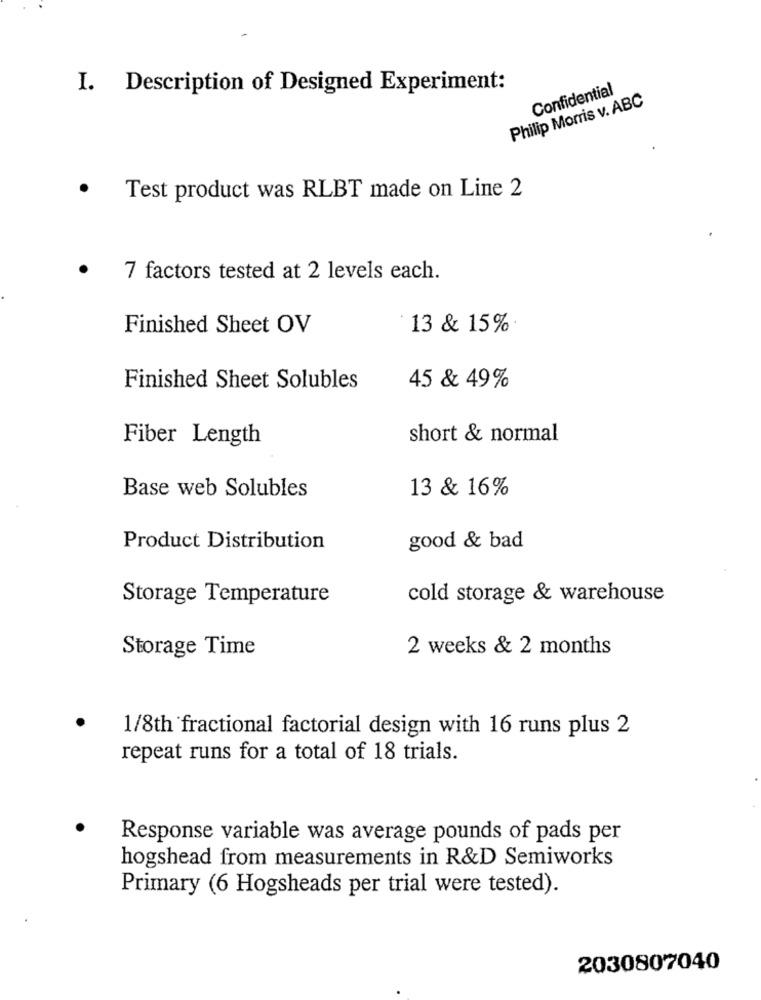
I. Description of Designed Experiment:
Confidential
Philip Morris v. ABC
Test product was RLBT made on Line 2
7 factors tested at 2 levels each.
Finished Sheet OV
13 & 15%
Finished Sheet Solubles
45 & 49%
Fiber Length
short & normal
13 & 16%
Base web Solubles
Product Distribution
good & bad
Storage Temperature
cold storage & warehouse
Storage Time
2 weeks & 2 months
1/8th fractional factorial design with 16 runs plus 2
repeat runs for a total of 18 trials.
Response variable was average pounds of pads per
hogshead from measurements in R&D Semiworks
Primary (6 Hogsheads per trial were tested).
2030807040